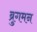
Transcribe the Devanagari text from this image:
ब्रुगमन